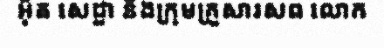
អ៊ិត សេដ្ឋា និងក្រុមគ្រួសារសព លោក